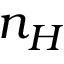
n _ { H }